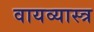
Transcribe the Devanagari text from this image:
वायव्‍यास्‍त्र